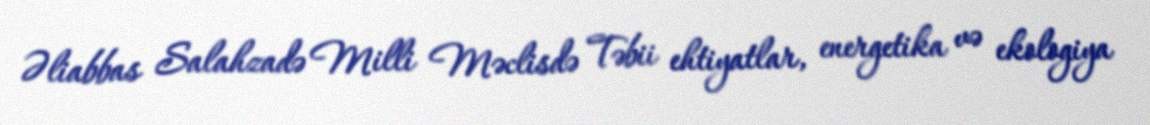
Əliabbas Salahzadə Milli Məclisdə Təbii ehtiyatlar, energetika və ekologiya